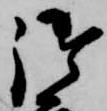
御